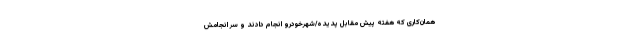
همان‌کاری که هفته پیش مقابل پدیده/شهرخودرو انجام دادند و سر انجامش